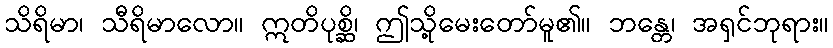
သိရိမာ၊ သီရိမာလော။ ဣတိပုစ္ဆိ၊ ဤသို့မေးတော်မူ၏။ ဘန္တေ၊ အရှင်ဘုရား။